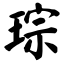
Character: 琮